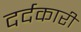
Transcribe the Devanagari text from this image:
दर्दकारी